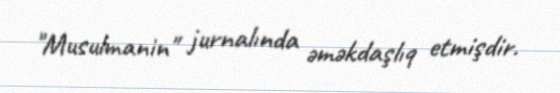
"Musulmanin" jurnalında əməkdaşlıq etmişdir.